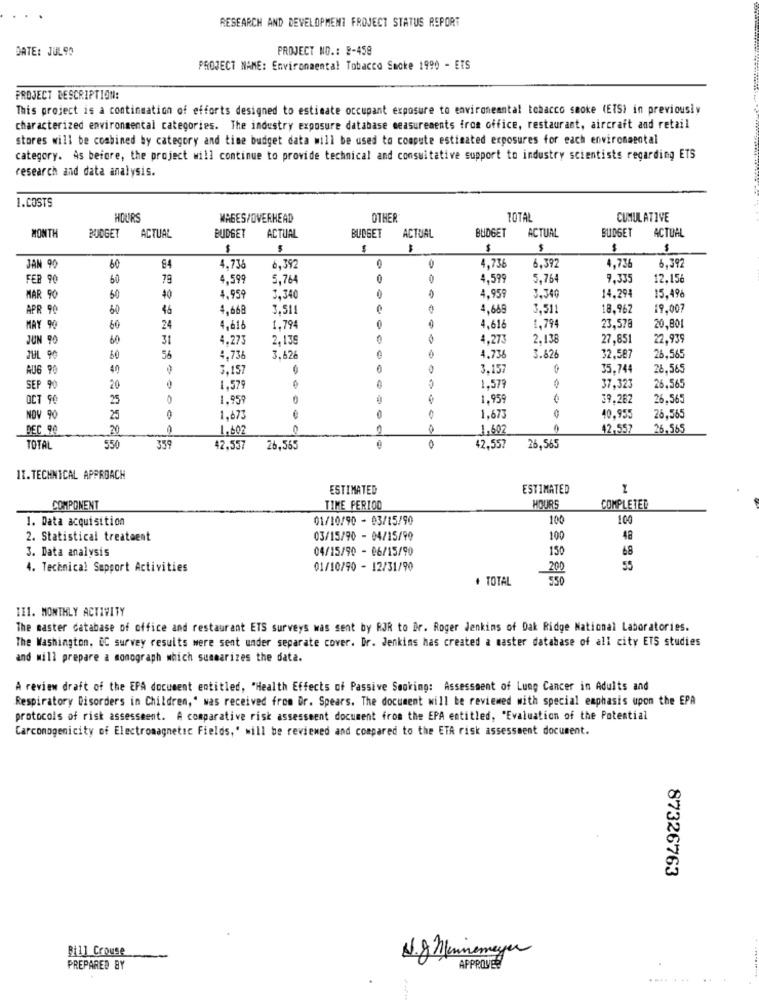
RESEARCH AND DEVELOPMENT FROJECT STATUS REPORT
DATE: JUL90
PROJECT NO .: 2-459
PROJECT NAME: Environmental Tobacco Smoke 1990 - ETS
PROJECT DESCRIPTION:
This project is a continuation of efforts designed to estimate occupant exposure to environeantal tobacco smoke (ETS) in previously
characterized environmental categories. The industry exposure database measurements from office, restaurant, aircraft and retail
stores will be combined by category and time budget data will be used to compute estimated exposures for each environmental
category. As beiore, the project will continue to provide technical and consultative support to industry scientists regarding ETS
research and data analysis.
1.COSTS
HOURS
WAGES/OVERHEAD
OTHER
TOTAL
CUMULATIVE
MONTH
BUDGET
ACTUAL
BUDGET
ACTUAL
BUDGET
ACTUAL
BUDGET
ACTUAL
BUDGET ACTUAL
$
$
$
$
JAN 90
4.736
4.73
6.392
60
84
6.392
4,736
6,392
FEB 90
60
79
4.599
5,764
4,599
5,764
9,335
12.156
MAR 90
50
40
4.959
3,340
0
4,959
3.340
14,294
15.496
APR 90
60
46
4,668
3.511
4,669
3.511
18.962
19.007
MAY 90
60
24
4.616
1.795
4,618
1,794
23,578
20,801
JUN 90
60
31
4.273
2.139
4,273
2.138
27,851
22,939
JUL 90
50
56
4,736
3,626
4,736
3.826
32,587
26,565
AUG 90
40
3,157
3.157
35.744
28.565
1.573
26.565
SEP 90
20
1.579
37.323
OCT 90
25
1.959
1.959
39.262
26.565
0
NOV 90
25
1,673
1.673
40.955
26,565
DEC 90
20
1.602
1.602
42,557
26.565
550
TOTAL
359
42.557
26,565
0
42.557
26,565
II. TECHNICAL APPROACH
ESTIMATED
ESTIMATED
COMPONENT
TIME PERIOD
HOURS
COMPLETED
1. Data acquisition
01/10/90 - 03/15/90
100
100
2. Statistical treatment
03/15/90 - 04/15/90
100
48
3. Data analysis
04/15/90 - 06/15/90
150
68
4. Technical Support Activities
01/10/90 - 12/31/90
200
55
+ TOTAL
550
III. MONTHLY ACTIVITY
The master database of office and restaurant ETS surveys was sent by RJR to Dr. Roger Jenkins of Dak Ridge National Laboratories.
The Washington, DC survey results were sent under separate cover. Dr. Jenkins has created a master database of all city ETS studies
and will prepare a monograph which summarizes the data.
A review draft of the EPA document entitled, "Health Effects of Passive Smoking: Assessment of Lung Cancer in Adults and
Respiratory Disorders in Children," was received from Dr. Spears. The document will be reviewed with special emphasis upon the EPA
protocols of risk assessment. A comparative risk assessment document from the EPA entitled, "Evaluation of the Potential
Carcomogenicity of Electromagnetic Fields,' will be reviewed and compared to the ETA risk assessment document.
87326763
Bill Crouse
N.g Minnemeyer
PREPARED BY
APPROVE
.... ... .. .